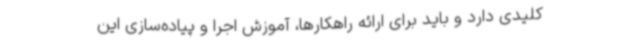
کلیدی دارد و باید برای ارائه راهکارها، آموزش اجرا و پیاده‌سازی این